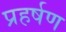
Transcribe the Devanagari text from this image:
प्रहर्षण